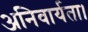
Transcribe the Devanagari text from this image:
अनिवार्यता।